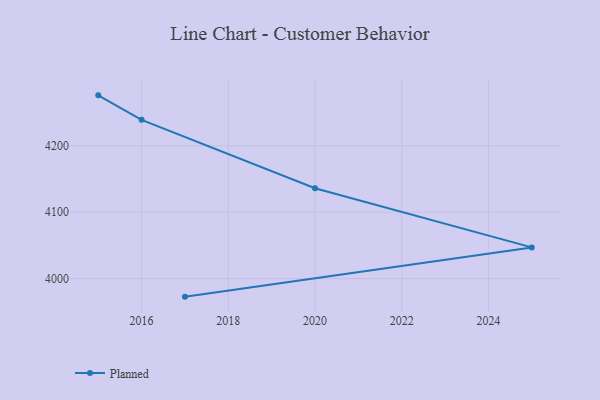
{"axis": {"x": "Year", "y": "Customer Acquisition Cost (USD)"}, "legend": ["Planned"], "data": [{"x": "2015", "y": 4276.0, "type": "Planned"}, {"x": "2016", "y": 4239.1, "type": "Planned"}, {"x": "2020", "y": 4136.1, "type": "Planned"}, {"x": "2025", "y": 4047.0, "type": "Planned"}, {"x": "2017", "y": 3972.8, "type": "Planned"}]}